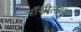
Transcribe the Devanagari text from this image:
ऑसीलेशन